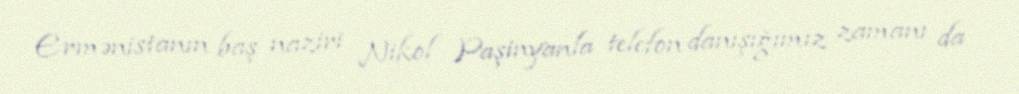
Ermənistanın baş naziri Nikol Paşinyanla telefon danışığımız zamanı da